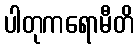
ပါတုကရောမီတိ